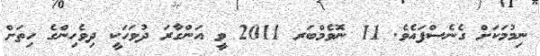
ނިމުމަކަށް ގެނެސްފައެވެ. 11 ނޮވެމްބަރ 2011 ވީ އަންގާރަ ދުވަހަކީ ދިވެހިންގެ ހިތަށް